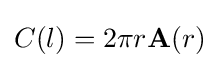
C(l)=2\pi r\mathbf {A} (r)